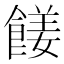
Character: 𩝅